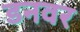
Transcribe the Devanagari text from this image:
डनवर